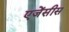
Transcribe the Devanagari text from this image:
एजेंसीस